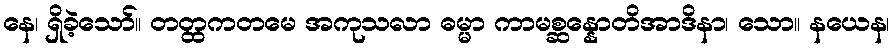
နေ၊ ရှိခဲ့သော်။ တတ္ထကတမေ အကုသလာ ဓမ္မာ ကာမစ္ဆန္နောတိအာဒိနာ၊ သော။ နယေန၊